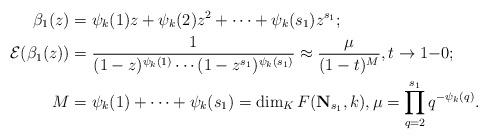
LaTeX: \begin{align*} \beta_1(z)&=\psi_k(1)z+\psi_k(2)z^2+\dots+\psi_k(s_1)z^{s_1};\\ {\mathcal E}(\beta_1(z))&= \frac {1}{(1-z)^{\psi_k(1)}\cdots(1-z^{s_1})^{\psi_k(s_1)}} \approx\frac{\mu} {(1-t)^M}, t\to 1{-}0;\\ M&=\psi_k(1)+\dots+\psi_k(s_1)=\dim_K F({\bf{N}}_{s_1},k), \mu=\prod_{q=2}^{s_1} q^{-\psi_k(q)}.\end{align*}